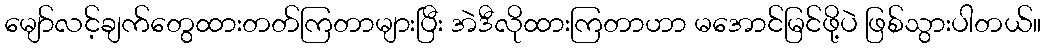
မျော်လင့်ချက်တွေထားတတ်ကြတာများပြီး အဲဒီလိုထားကြတာဟာ မအောင်မြင်ဖို့ပဲ ဖြစ်သွားပါတယ်။